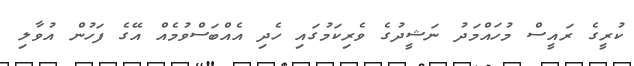
ކުރީގެ ރައީސް މުހައްމަދު ނަޝީދުގެ ވެރިކަމުގައި ހެދި އެއްބަސްވުމެއް އޭގެ ފަހުން އުވާލި